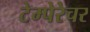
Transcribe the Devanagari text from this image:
टेम्पेरेचर